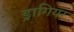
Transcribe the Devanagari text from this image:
ड्रागियर